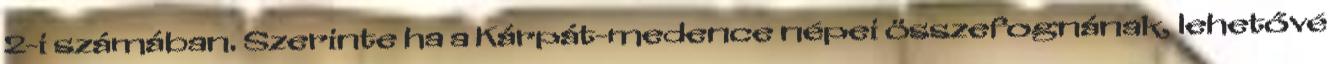
2-i számában. Szerinte ha a Kárpát-medence népei összefognának, lehetővé